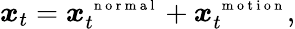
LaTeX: \boldsymbol x_{t}=\boldsymbol x_{t}^{\mathrm{~\scriptsize~n~o~r~m~a~l~}}+\boldsymbol x_{t}^{\mathrm{~\scriptsize~m~o~t~i~o~n~}},